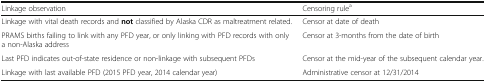
<table><thead><tr><td><b>Linkage observation</b></td><td><b>Censoring rule<sup>a</sup></b></td></tr></thead><tbody><tr><td>Linkage with vital death records and <b>not</b> classified by Alaska CDR as maltreatment related.</td><td>Censor at date of death</td></tr><tr><td>PRAMS births failing to link with any PFD year, or only linking with PFD records with only a non-Alaska address</td><td>Censor at 3-months from the date of birth</td></tr><tr><td>Last PFD indicates out-of-state residence or non-linkage with subsequent PFDs</td><td>Censor at the mid-year of the subsequent calendar year.</td></tr><tr><td>Linkage with last available PFD (2015 PFD year, 2014 calendar year)</td><td>Administrative censor at 12/31/2014</td></tr></tbody></table>